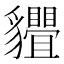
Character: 𧴢